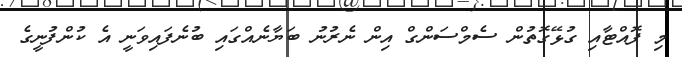
މި ފޮއްޓާއި ގުޅޭގޮތުން ސެމްސަންގް އިން ނެރުނު ބަޔާނެއްގައި ބުނެފައިވަނީ އެ ކުންފުނީގެ